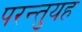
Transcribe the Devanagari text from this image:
परन्तुयह